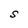
Character: S